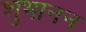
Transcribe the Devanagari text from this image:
शुभानन